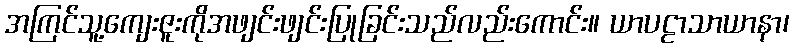
အကြင်သူ့ကျေးဇူးကိုအဖျင်းဖျင်းပြုခြင်းသည်လည်းကောင်း။ ယာပဠာသာယာနာ၊